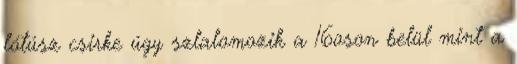
lótúsz csirke úgy szlalomozik a 16oson belül mint a